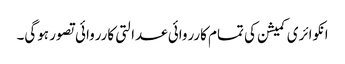
انکوائری کمیشن کی تمام کارروائی عدالتی کارروائی تصور ہوگی۔